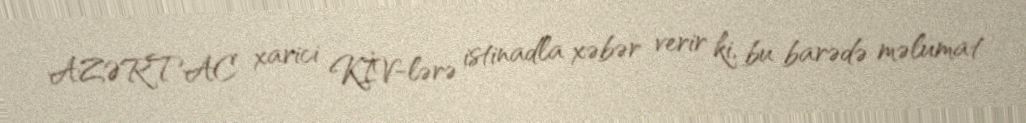
AZƏRTAC xarici KİV-lərə istinadla xəbər verir ki, bu barədə məlumat